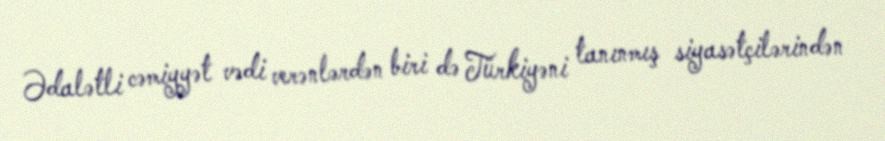
Ədalətli cəmiyyət vədi verənlərdən biri də Türkiyəni tanınmış siyasətçilərindən